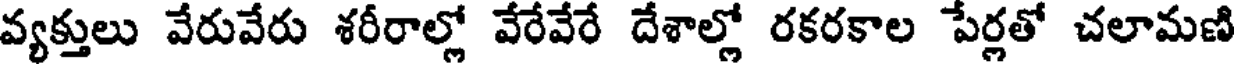
వ్యక్తులు వేరువేరు శరీరాల్లో వేరేవేరే దేశాల్లో రకరకాల పేర్లతో చలామణి